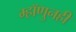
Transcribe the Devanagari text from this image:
म्हॉणुनही